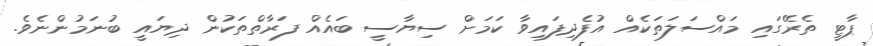
ޕާޓީ ތެރޭގައި މައްސަލަތަކެއް އުފެދިފައިވާ ކަމަށް ސިޔާސީ ބައެއް ފަރާތްތަކުން ދިޔައީ ބުނަމުންނެވެ.